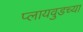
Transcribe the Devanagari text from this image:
प्लायवुडच्या